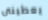
يعطينى